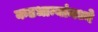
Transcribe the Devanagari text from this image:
कडधान्यांमध्ये